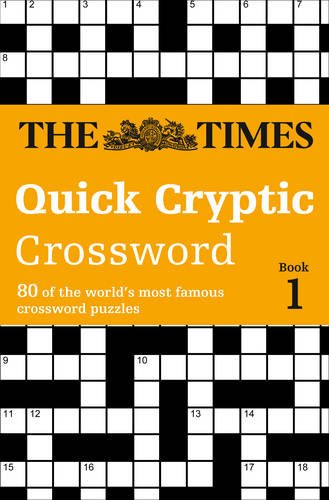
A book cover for The Times Quick Cryptic Crossword Book 1; The Times Mind Games; Humor & Entertainment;